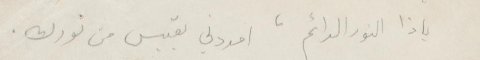
ياذا النور الدائم، امددني بقبس من نورك